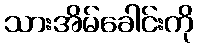
သားအိမ်ခေါင်းကို